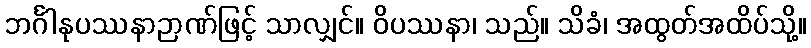
ဘင်္ဂါနုပဿနာဉာဏ်ဖြင့် သာလျှင်။ ဝိပဿနာ၊ သည်။ သိခံ၊ အထွတ်အထိပ်သို့။